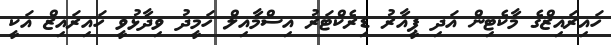
ހައިރައިޒްގެ މާކެޓިން އަދި ޕީއާރު ޑިރެކްޓަރު އިސްމާއިލް ހަމީދު ވިދާޅުވީ ހައިރައިޒް އަކީ